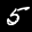
Label: 5